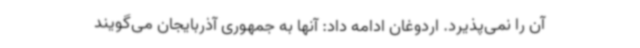
آن را نمی‌پذیرد. اردوغان ادامه داد: آنها به جمهوری آذربایجان می‌گویند